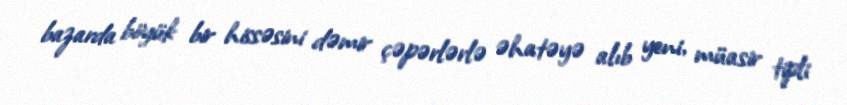
bazarda böyük bir hissəsini dəmir çəpərlərlə əhatəyə alıb yeni, müasir tipli